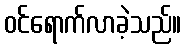
ဝင်ရောက်လာခဲ့သည်။